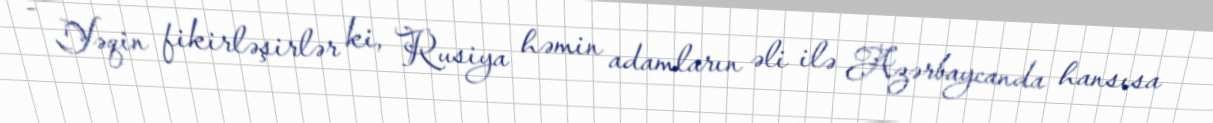
- Yəqin fikirləşirlər ki, Rusiya həmin adamların əli ilə Azərbaycanda hansısa